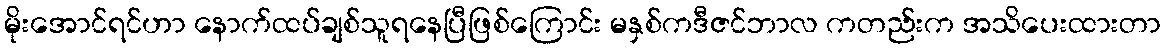
မိုးအောင်ရင်ဟာ နောက်ထပ်ချစ်သူရနေပြီဖြစ်ကြောင်း မနှစ်ကဒီဇင်ဘာလ ကတည်းက အသိပေးထားတာ